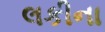
લકીના